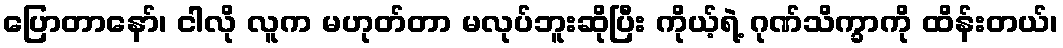
ပြောတာနော်၊ ငါလို လူက မဟုတ်တာ မလုပ်ဘူးဆိုပြီး ကိုယ့်ရဲ့ ဂုဏ်သိက္ခာကို ထိန်းတယ်၊